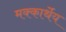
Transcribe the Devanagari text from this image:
मक्कार्थेय